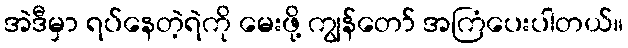
အဲဒီမှာ ရပ်နေတဲ့ရဲကို မေးဖို့ ကျွန်တော် အကြံပေးပါတယ်။